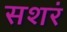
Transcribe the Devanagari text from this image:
सशरं